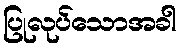
ပြုလုပ်သောအခါ